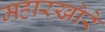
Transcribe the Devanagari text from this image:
महारखोरे